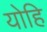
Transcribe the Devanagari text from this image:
योहि